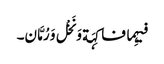
فیہِما فاکِہَة وَ نَخْل وَ رُمَّان۔